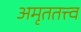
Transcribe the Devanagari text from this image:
अमृततत्त्व